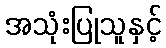
အသုံးပြုသူနှင့်